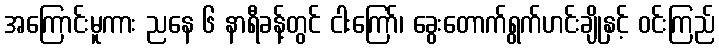
အကြောင်းမူကား ညနေ ၆ နာရီခန့်တွင် ငါးကြော်၊ ခွေးတောက်ရွက်ဟင်းချိုနှင့် ဝင်းကြည်